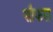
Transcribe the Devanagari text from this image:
सौफल